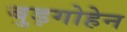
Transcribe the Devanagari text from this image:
बुड़गोहेन